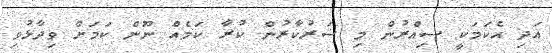
އަދި އެކަމަކީ ސިއްރުން މި ސަރުކާރުން ކުރާ ކަމެއް ނޫން ކަމަށް ވިދާޅުވި